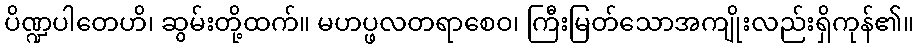
ပိဏ္ဍပါတေဟိ၊ ဆွမ်းတို့ထက်။ မဟပ္ဖလတရာစေဝ၊ ကြီးမြတ်သောအကျိုးလည်းရှိကုန်၏။